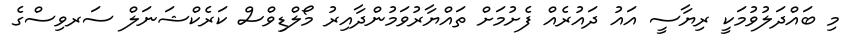
މި ބައްދަލުވުމަކީ ރިޔާސީ އައު ދައުރެއް ފެށުމަށް ތައްޔާރުވަމުންދާއިރު މޯލްޑިވްސް ކަރެކްޝަނަލް ސަރވިސްގެ